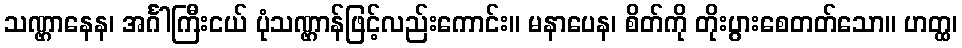
သဏ္ဌာနေန၊ အင်္ဂါကြီးငယ် ပုံသဏ္ဌာန်ဖြင့်လည်းကောင်း။ မနာပေန၊ စိတ်ကို တိုးပွားစေတတ်သော။ ဟတ္ထ၊